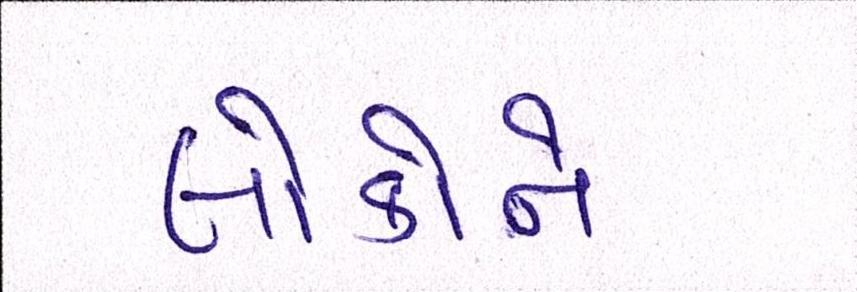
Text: લોકોને